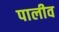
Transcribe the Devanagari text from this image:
पालीव